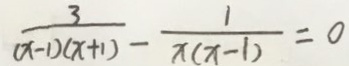
\frac { 3 } { ( x - 1 ) ( x + 1 ) } - \frac { 1 } { x ( x - 1 ) } = 0